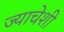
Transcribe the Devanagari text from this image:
ज्याचेशी